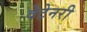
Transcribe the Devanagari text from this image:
वेटेनरी